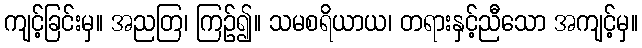
ကျင့်ခြင်းမှ။ အညတြ၊ ကြဉ်၍။ သမစရိယာယ၊ တရားနှင့်ညီသော အကျင့်မှ။